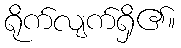
ရိုက်လျက်ရှိ၏။